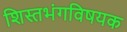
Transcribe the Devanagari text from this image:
शिस्तभंगविषयक